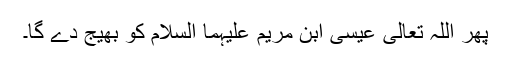
پھر اللہ تعالی عیسیٰ ابن مریم علیہما السلام کو بھیج دے گا۔